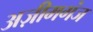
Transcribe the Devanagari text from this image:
अज़ीमगंज